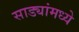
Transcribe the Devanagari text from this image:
साड्यांमध्ये